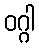
ဝဂ္ဂါ